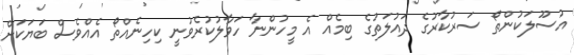
އުސޫލަކުންތޯ ސަރުކާރުގެ ދައުލަތުގެ ބިމެއް އެ މީހުންނާ ހަވާލުކުރެވުނީ ކިހިނެއްތޯ އެއްވެސް ބަޔަކަށް